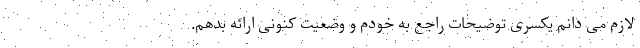
لازم می دانم یکسری توضیحات راجع به خودم و وضعیت کنونی ارائه بدهم.